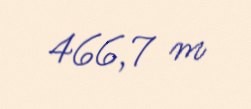
466,7 m